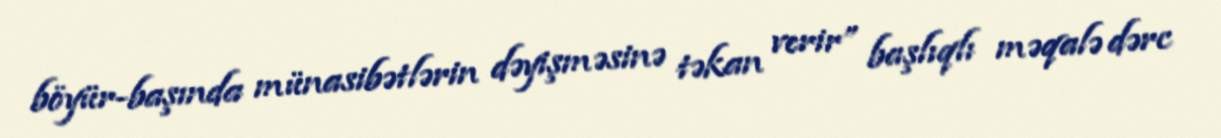
böyür-başında münasibətlərin dəyişməsinə təkan verir” başlıqlı məqalə dərc